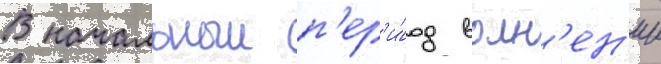
В начальныи п'ер'и́од волн'ен'ии